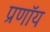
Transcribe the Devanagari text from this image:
प्रणॉय